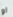
او